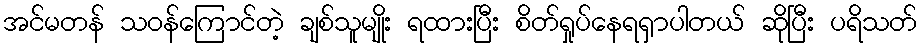
အင်မတန် သဝန်ကြောင်တဲ့ ချစ်သူမျိုး ရထားပြီး စိတ်ရှုပ်နေရရှာပါတယ် ဆိုပြီး ပရိသတ်